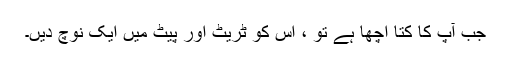
جب آپ کا کتا اچھا ہے تو ، اس کو ٹریٹ اور پیٹ میں ایک نوچ دیں۔